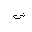
Letter: _sin